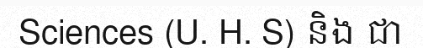
Sciences (U. H. S) និង ជា